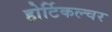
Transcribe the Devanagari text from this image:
होर्टिकल्चर